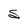
Character: S